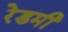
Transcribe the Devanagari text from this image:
रेडमी